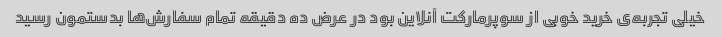
خیلی تجربه‌ی خرید خوبی از سوپرمارکت آنلاین بود در عرض ده دقیقه تمام سفارش‌ها بدستمون رسید